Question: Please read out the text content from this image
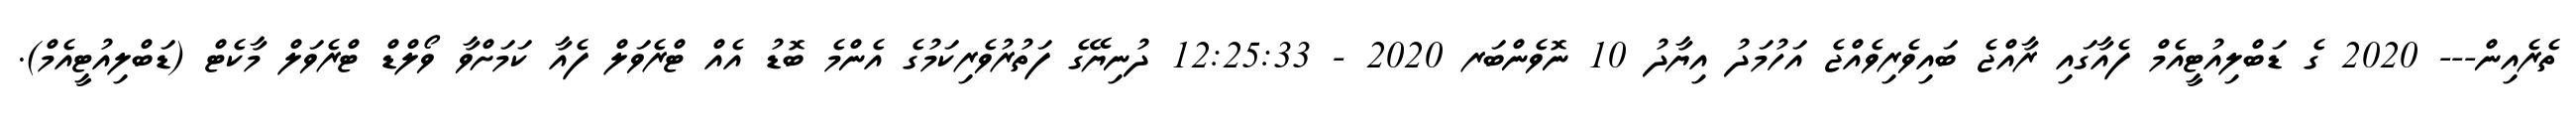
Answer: ތެރެއިން--- 2020 ގެ ޑަބްލިއުޓީއެމް ފެއާގައި ރާއްޖެ ބައިވެރިވެއްޖެ އަހުމަދު އިޔާދު 10 ނޮވެންބަރ 2020 - 12:25:33 ދުނިޔޭގެ ފަތުރުވެރިކަމުގެ އެންމެ ބޮޑު އެއް ޓްރެވަލް ފެއާ ކަމަށްވާ ވޯލްޑް ޓްރެވަލް މާކެޓް (ޑަބްލިއުޓީއެމް).